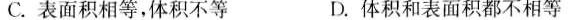
C.表面积相等，体积不等D.体积和表面积都不相等